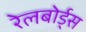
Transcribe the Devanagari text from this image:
रेलबोर्ड्स